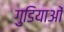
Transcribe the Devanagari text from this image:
गुडियाओं